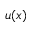
u ( x )